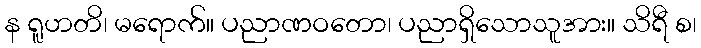
န ရူဟတိ၊ မရောက်။ ပညာဏဝတော၊ ပညာရှိသောသူအား။ သိရီ စ၊